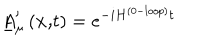
\underline { { { A } } } _ { \mu } ^ { \prime } \left( \mathbf { x , } t \right) = e ^ { - i H ^ { ( 0 - l o o p ) } t }